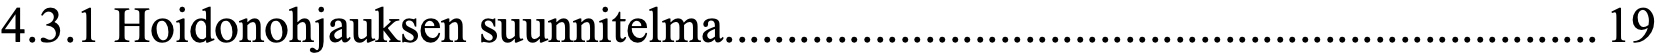
4.3.1 Hoidonohjauksen suunnitelma...................................................................... 19